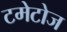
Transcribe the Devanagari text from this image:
टमेटोज